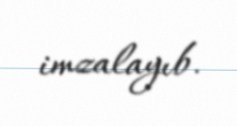
imzalayıb.